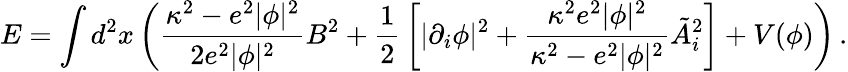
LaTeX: E=\int d^{2}x\left({\frac{\kappa^{2}-e^{2}|\phi|^{2}}{2e^{2}|\phi|^{2}}}B^{2}+{\frac{1}{2}}\left[|\partial_{i}\phi|^{2}+{\frac{\kappa^{2}e^{2}|\phi|^{2}}{\kappa^{2}-e^{2}|\phi|^{2}}}\tilde{A}_{i}^{2}\right]+V(\phi)\right)\, .